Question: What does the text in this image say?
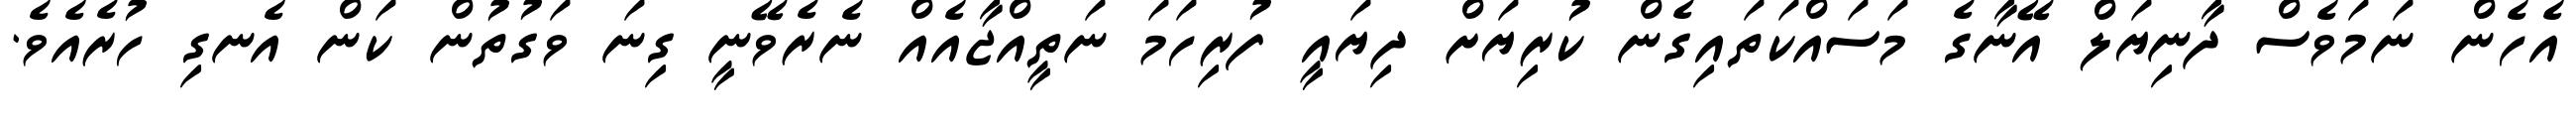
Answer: އެހެން ނަމަވެސް ދާނިޔަލް އޭނާގެ މަސައްކަތައިގެން ކުރިޔަށް ދިޔައީ ފުރިހަމަ ނަތީއްޖާއެއް ނެރެވޭނީ ގިނަ ވަގުތުން ކަން އެނގި ހުރެއެވެ.